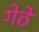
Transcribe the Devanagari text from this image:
गेठे